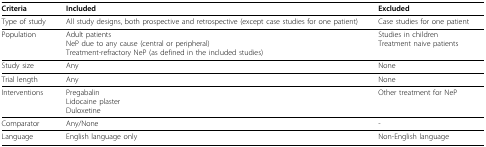
<table><thead><tr><td><b>Criteria</b></td><td><b>Included</b></td><td><b>Excluded</b></td></tr></thead><tbody><tr><td>Type of study</td><td>All study designs, both prospective and retrospective (except case studies for one patient)</td><td>Case studies for one patient</td></tr><tr><td>Population</td><td>Adult patientsNeP due to any cause (central or peripheral)Treatment-refractory NeP (as defined in the included studies)</td><td>Studies in childrenTreatment naive patients</td></tr><tr><td>Study size</td><td>Any</td><td>None</td></tr><tr><td>Trial length</td><td>Any</td><td>None</td></tr><tr><td>Interventions</td><td>PregabalinLidocaine plasterDuloxetine</td><td>Other treatment for NeP</td></tr><tr><td>Comparator</td><td>Any/None</td><td>-</td></tr><tr><td>Language</td><td>English language only</td><td>Non-English language</td></tr></tbody></table>